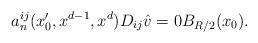
LaTeX: \begin{align*}a^{ij}_n (x_0', x^{d-1}, x^d) D_{ij} \hat{v}=0B_{R/2}(x_0).\end{align*}